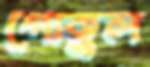
গোকুল